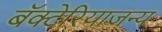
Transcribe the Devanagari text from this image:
बॅक्टेरियाजन्य